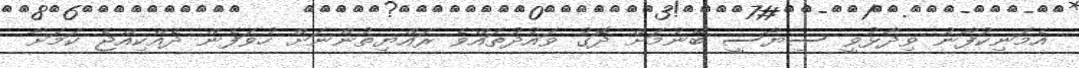
އެމަނިކުފާނު ވިދާޅުވީ ސިޔާސީ ބޭނުމަށް ދޮގު ވައުދުތައްވެ ރައްޔިތުންނަށް ހުވަފެން ދެއްކިއްޖެ ކަމަށާ